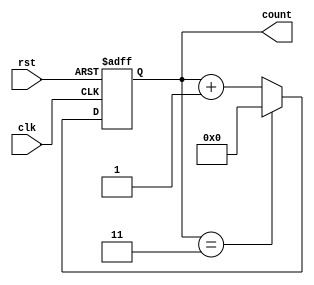
module ModulusCounter (
    input wire clk,
    input wire rst,
    output reg [N-1:0] count
);

parameter N = 4; // Define the modulus value

always @(posedge clk or posedge rst)
begin
    if (rst)
        count <= 0;
    else if (count == N-1)
        count <= 0;
    else
        count <= count + 1;
end

endmodule